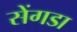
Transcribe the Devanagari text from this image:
सेंगडा